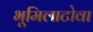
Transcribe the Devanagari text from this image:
भूमिलाटोवा